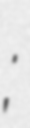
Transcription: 沈劍;